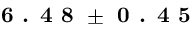
\textbf { 6 . 4 8 } \pm \textbf { 0 . 4 5 }